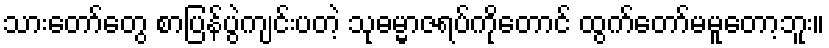
သားတော်တွေ စာပြန်ပွဲကျင်းပတဲ့ သုဓမ္မာဇရပ်ကိုတောင် ထွက်တော်မမူတော့ဘူး။